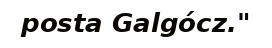
posta Galgócz."